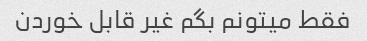
فقط میتونم بگم غیر قابل خوردن